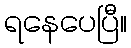
ရနေပေပြီ။